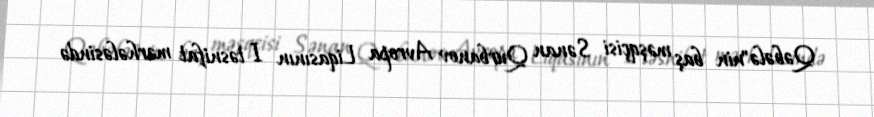
Qəbələ"nin baş məşqçisi Sənan Qurbanov Avropa Liqasının I təsnifat mərhələsində